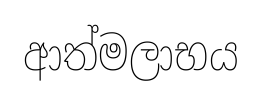
ආත්මලාභය